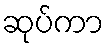
ဆုပ်ကာ